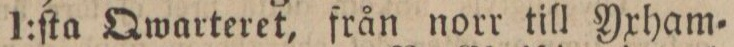
1:ſta Qwarteret, från norr till Yxham=